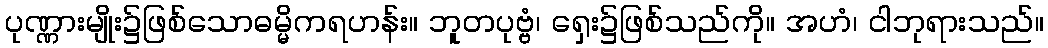
ပုဏ္ဏားမျိုး၌ဖြစ်သောဓမ္မိကရဟန်း။ ဘူတပုဗ္ဗံ၊ ရှေး၌ဖြစ်သည်ကို။ အဟံ၊ ငါဘုရားသည်။